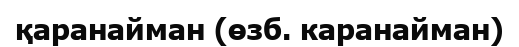
қаранайман (өзб. каранайман)